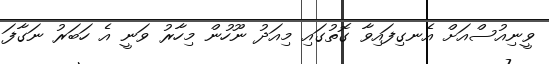
ވީނިއުސްއަށް އެނގިފައިވާ ގޮތުގައި މިއަދު ނޫހުން މިހާރު ވަނީ އެ ހަބަރު ނަގާފަ